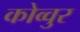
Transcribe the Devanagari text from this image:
कोव्वुर